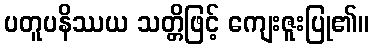
ပတူပနိဿယ သတ္တိဖြင့် ကျေးဇူးပြု၏။